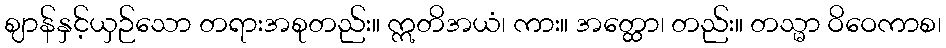
ဈာန်နှင့်ယှဉ်သော တရားအစုတည်း။ ဣတိအယံ၊ ကား။ အတ္ထော၊ တည်း။ တသ္မာ ဝိဝေကာစ၊